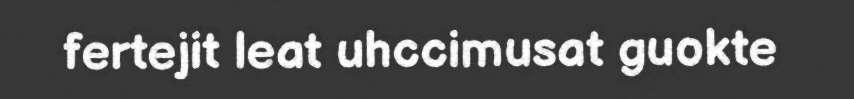
fertejit leat uhccimusat guokte